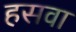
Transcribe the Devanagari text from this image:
हसवा